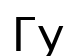
Гу